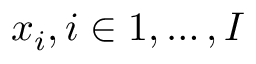
\boldsymbol { x } _ { i } , i \in { 1 , \ldots , I }